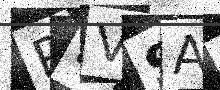
Text: RSVSAR